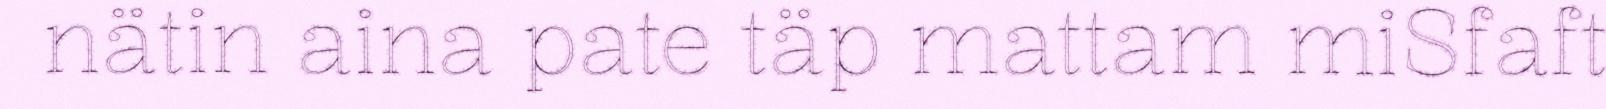
nätin aina pate täp mattam miSfaft